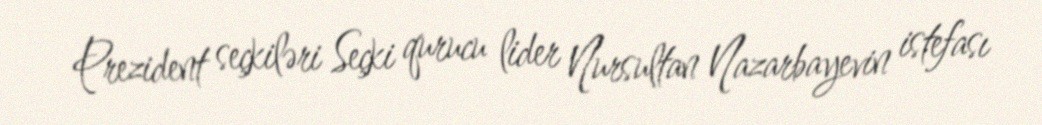
Prezident seçkiləri Seçki qurucu lider Nursultan Nazarbayevin istefası